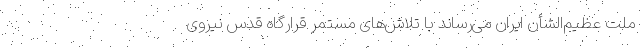
ملت عظیم‌الشأن ایران می‌رساند با تلاش‌های مستمر قرارگاه قدس نیروی